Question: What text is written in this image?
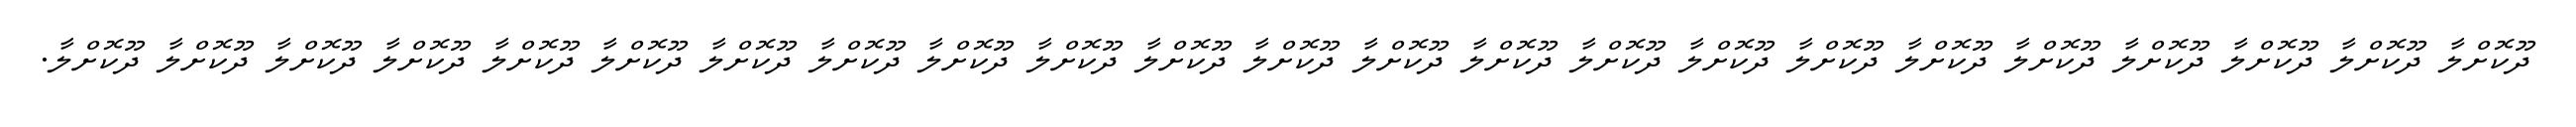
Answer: ދޫކޮށްލާ ދޫކޮށްލާ ދޫކޮށްލާ ދޫކޮށްލާ ދޫކޮށްލާ ދޫކޮށްލާ ދޫކޮށްލާ ދޫކޮށްލާ ދޫކޮށްލާ ދޫކޮށްލާ ދޫކޮށްލާ ދޫކޮށްލާ ދޫކޮށްލާ ދޫކޮށްލާ ދޫކޮށްލާ ދޫކޮށްލާ ދޫކޮށްލާ ދޫކޮށްލާ ދޫކޮށްލާ ދޫކޮށްލާ ދޫކޮށްލާ ދޫކޮށްލާ ދޫކޮށްލާ.